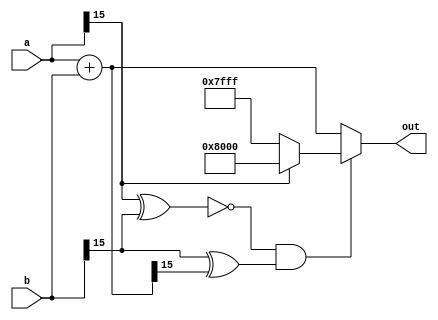
`timescale 1ns / 1ps
module add_with_saturate(a, b, out);

parameter WL = 16;
parameter FL = 14;
parameter LARGEST_NUM = {1'b0, {(WL - 1){1'b1}}};
parameter SMALLEST_NUM = (1 << (WL - 1));

input [(WL - 1):0] a, b;
output [(WL - 1):0] out;

wire [(WL - 1):0] add_val;
wire overflow;
wire overflow_dir;

assign add_val = a + b;
assign overflow = ~(a[WL - 1] ^ b[WL - 1]) & (b[WL - 1] ^ add_val[WL - 1]);
assign overflow_dir = a[WL - 1];
assign out = overflow ? (overflow_dir ? SMALLEST_NUM : LARGEST_NUM) : add_val;

endmodule